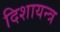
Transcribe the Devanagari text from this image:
दिशायन्त्र